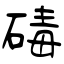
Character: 碡